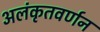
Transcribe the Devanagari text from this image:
अलंकृतवर्णन